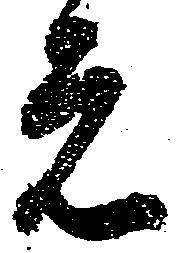
元